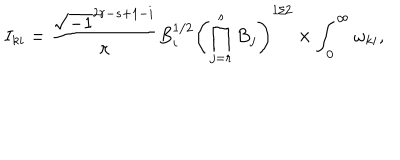
I _ { k i } = \frac { \sqrt { - 1 } ^ { 2 r - s + 1 - i } } { \pi } B _ { i } ^ { 1 / 2 } \left( \prod _ { j = r } ^ { s } B _ { j } \right) ^ { 1 / 2 } \times \int _ { 0 } ^ { \infty } \omega _ { k i } ,